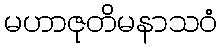
မဟာဇုတိမနာသဝံ